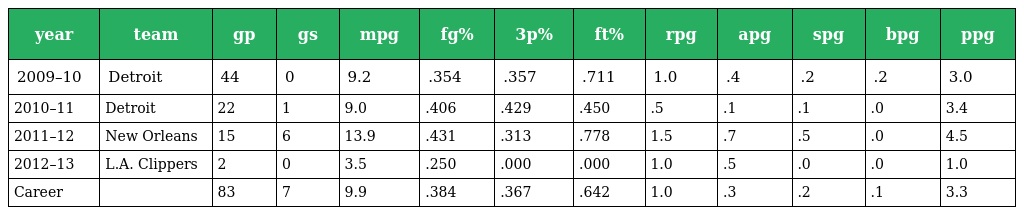
| year | team | gp | gs | mpg | fg% | 3p% | ft% | rpg | apg | spg | bpg | ppg |
 | --- | --- | --- | --- | --- | --- | --- | --- | --- | --- | --- | --- | --- |
 | 2009–10 | Detroit | 44 | 0 | 9.2 | .354 | .357 | .711 | 1.0 | .4 | .2 | .2 | 3.0 |
 | 2010–11 | Detroit | 22 | 1 | 9.0 | .406 | .429 | .450 | .5 | .1 | .1 | .0 | 3.4 |
 | 2011–12 | New Orleans | 15 | 6 | 13.9 | .431 | .313 | .778 | 1.5 | .7 | .5 | .0 | 4.5 |
 | 2012–13 | L.A. Clippers | 2 | 0 | 3.5 | .250 | .000 | .000 | 1.0 | .5 | .0 | .0 | 1.0 |
 | Career |  | 83 | 7 | 9.9 | .384 | .367 | .642 | 1.0 | .3 | .2 | .1 | 3.3 |